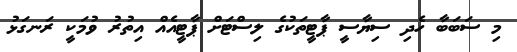
މި ސަބަބާ ހެދި ސިޔާސީ ޕާޓީތަކުގެ ލިސްޓަށް ޕާޓީއެއް އިތުރު ވުމަކީ ރަނގަޅު